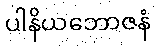
ပါနိယဘောဇနံ